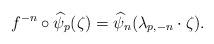
LaTeX: \begin{align*}f^{-n}\circ\widehat\psi_p(\zeta)=\widehat\psi_n(\lambda_{p,-n}\cdot \zeta).\end{align*}